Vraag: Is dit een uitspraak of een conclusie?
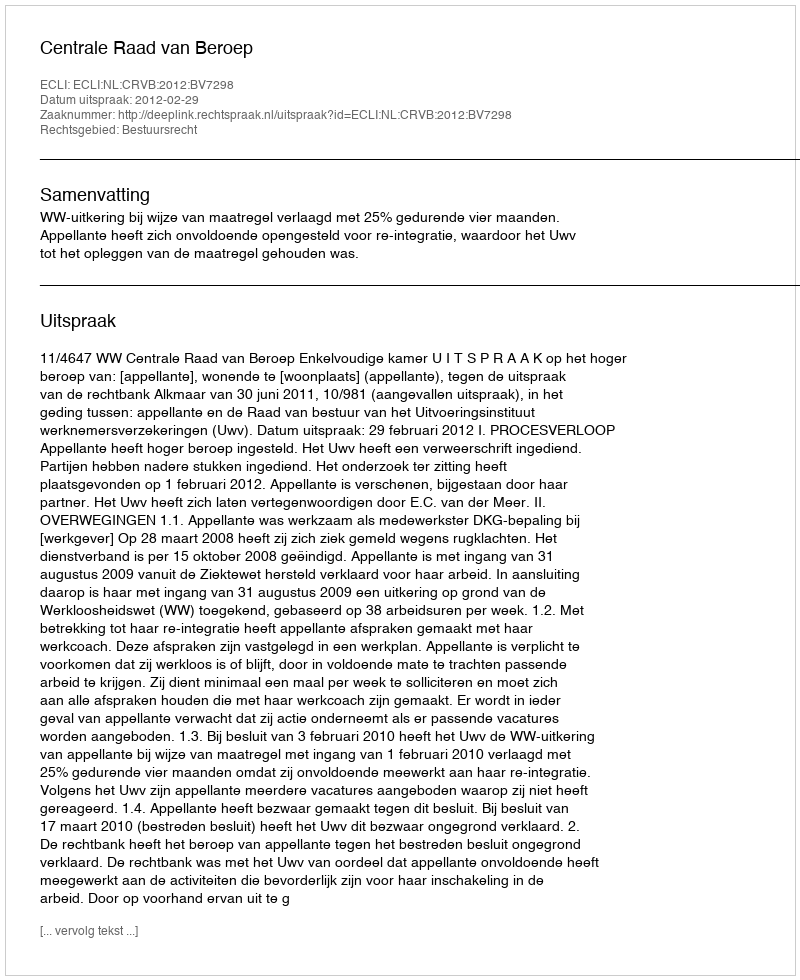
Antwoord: Uitspraak